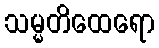
သမ္မတိထေရော